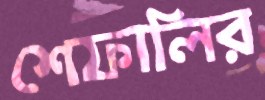
শেফালির